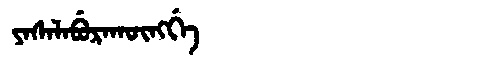
Manchu: ᠶᠠᠰᠠᠯᠠᠪᡠᡵᠠᡴᡡᠩᡤᡝ
Romanization: YASALABURAKŪNGGE